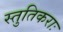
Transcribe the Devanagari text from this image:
स्तुतिकराः